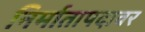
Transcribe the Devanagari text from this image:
निर्मातापदावर